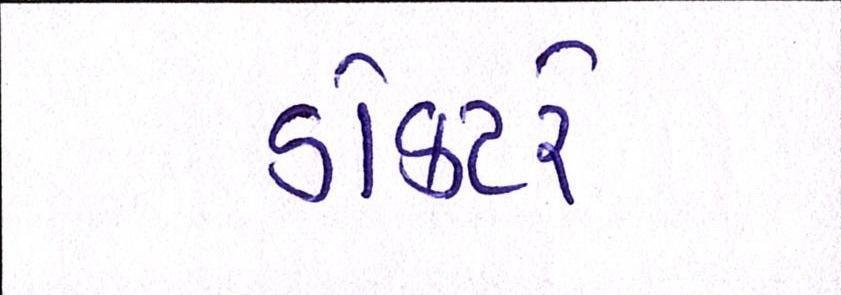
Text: ડોક્ટરે